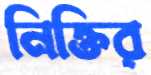
নিক্তির